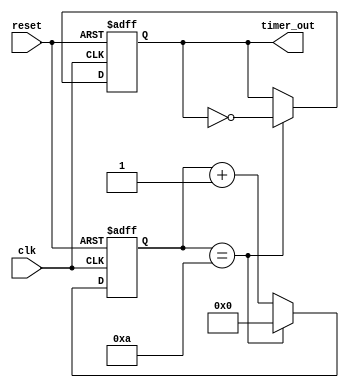
module Periodic_timer (
    input wire clk,          // Clock input
    input wire reset,        // Reset input
    output reg timer_out     // Output signal
);

parameter START_VALUE = 0;   // Start value for counter
parameter END_VALUE = 10;    // End value for counter
parameter CLOCK_FREQ = 1;    // Frequency of clock signal

reg [3:0] counter;   // 4-bit counter
reg toggle;         // Toggle signal

always @(posedge clk or posedge reset) begin
    if (reset) begin
        counter <= START_VALUE;
        toggle <= 0;
    end else begin
        if (counter == END_VALUE) begin
            counter <= START_VALUE;
            toggle <= ~toggle;
        end else begin
            counter <= counter + 1;
        end
    end
end

assign timer_out = toggle;

endmodule